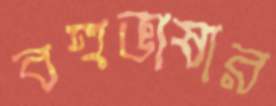
বহুভাষার